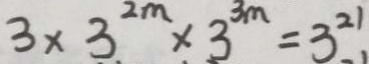
3 \times 3 ^ { 2 m } \times 3 ^ { 3 m } = 3 ^ { 2 1 }